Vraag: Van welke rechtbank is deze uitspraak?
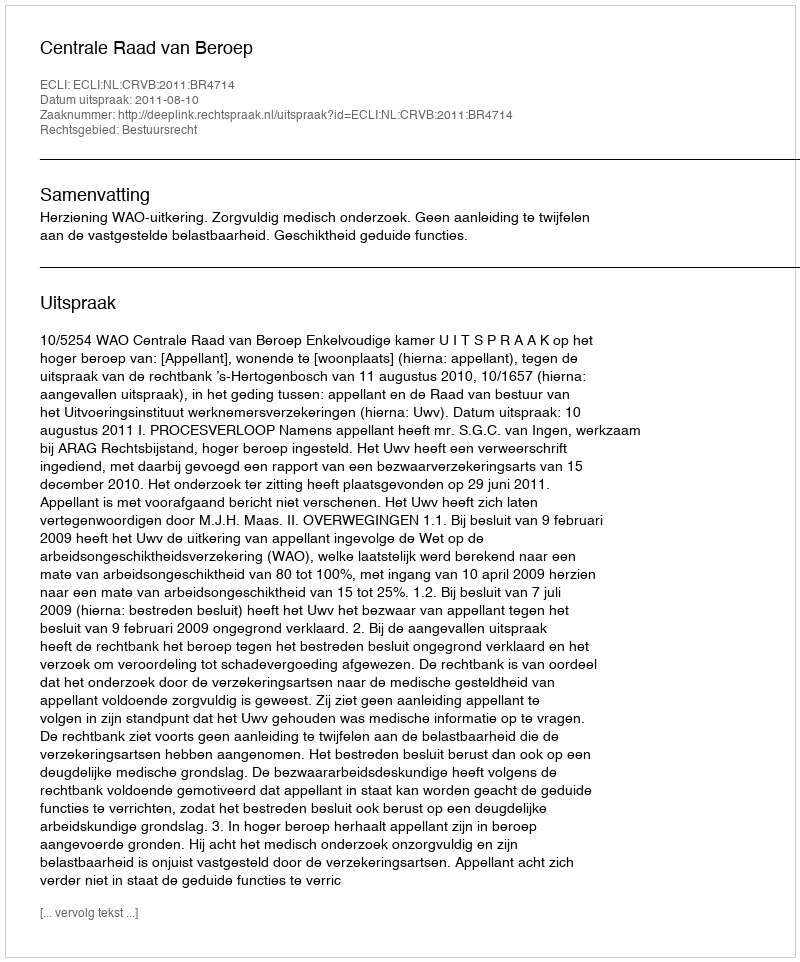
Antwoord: Centrale Raad van Beroep